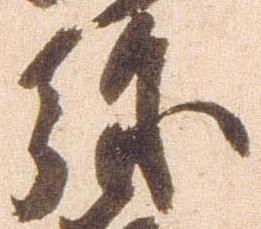
弥